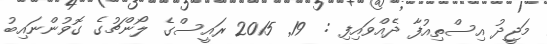
މަޖީދު އިސްތިއުފާ ދެއްވައިފި :  19